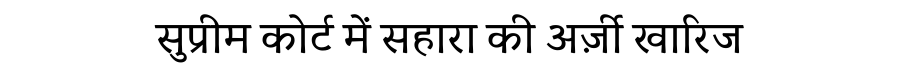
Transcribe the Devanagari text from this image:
सुप्रीम कोर्ट में सहारा की अर्ज़ी खारिज